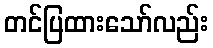
တင်ပြထားသော်လည်း